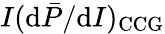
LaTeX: I(\mathrm{d}\bar{P}/\mathrm{d}I)_{\mathrm{CCG}}